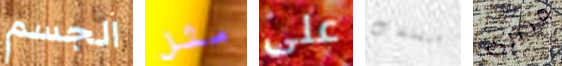
الجسم مثل على متعلقات مديري